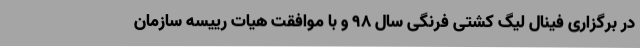
در برگزاری فینال لیگ کشتی فرنگی سال 98 و با موافقت هیات رییسه سازمان